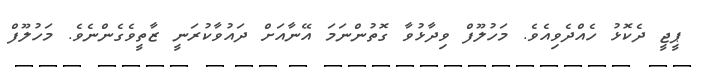
ޕީޖީ ދެކޮޅު ހެއްދެވިއެވެ. މަހުލޫފް ވިދާޅުވާ ގޮތުންނަމަ އޭނާއަށް ދައުވާކުރަނީ ޒާތީވެގެންނެވެ. މަހުލޫފް